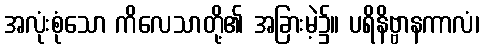
အလုံးစုံသော ကိလေသာတို့၏ အခြားမဲ့၌။ ပရိနိဗ္ဗာနကာလံ၊